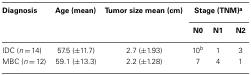
| Diagnosis | Age (mean) | Tumor size mean (cm) | <COLSPAN=3> Stage (TNM)a |
 |  |  |  | N0 | N1 | N2 |
 | --- | --- | --- | --- | --- | --- |
 | IDC (n = 14) | 57.5 (±11.7) | 2.7 (±1.93) | 10b | 1 | 3 |
 | MBC (n = 12) | 59.1 (±13.3) | 2.2 (±1.28) | 7 | 4 | 1 |